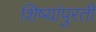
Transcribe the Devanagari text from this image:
शिष्यांपुरती